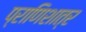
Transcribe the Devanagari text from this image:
प्राणिशात्र